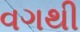
વગથી